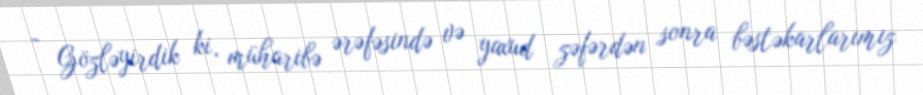
- Gözləyirdik ki, müharibə ərəfəsində və yaxud zəfərdən sonra bəstəkarlarımız